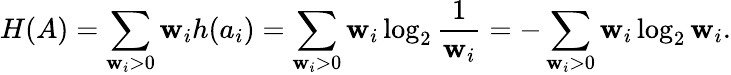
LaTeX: H(A)=\sum_{\mathbf{w}_{i}>0}\mathbf{w}_{i}h(a_{i})=\sum_{\mathbf{w}_{i}>0}\mathbf{w}_{i}\log_{2}{\frac{{1}}{{\mathbf{w}_{i}}}}=-\sum_{\mathbf{w}_{i}>0}\mathbf{w}_{i}\log_{2}{\mathbf{w}_{i}}.